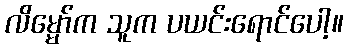
လိမ္မော်က သူက ပယင်းရောင်ပေါ့။